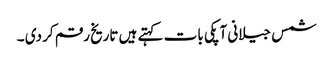
شمس جیلانی آپکی بات کہتے ہیں تاریخ رقم کر دی ۔